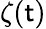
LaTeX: \zeta(\mathsf{t})